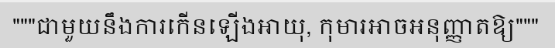
"""ជាមួយនឹងការកើនឡើងអាយុ, កុមារអាចអនុញ្ញាតឱ្យ"""